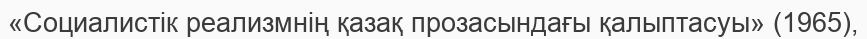
«Социалистік реализмнің қазақ прозасындағы қалыптасуы» (1965),